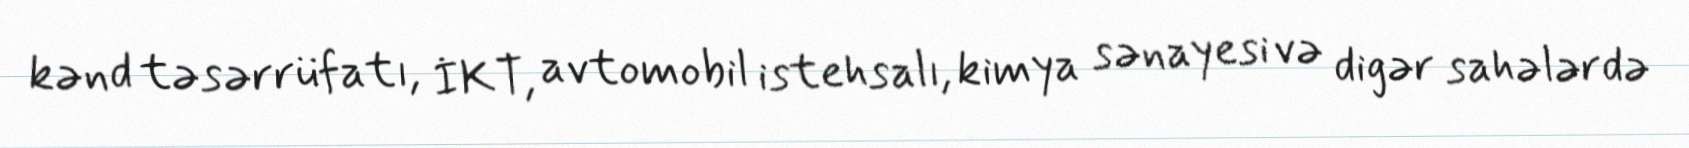
kənd təsərrüfatı, İKT, avtomobil istehsalı, kimya sənayesi və digər sahələrdə